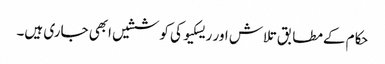
حکام کےمطابق تلاش اور ریسکیو کی کوششیں ابھی جاری ہیں۔